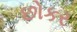
છોકર